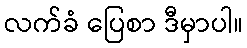
လက်ခံ ပြေစာ ဒီမှာပါ။